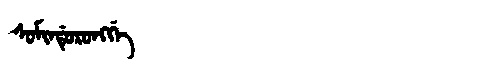
Manchu: ᠰᠣᠮᡳᠨᡩᡠᡵᠣᠩᡤᡝ
Romanization: SOMINDURONGGE